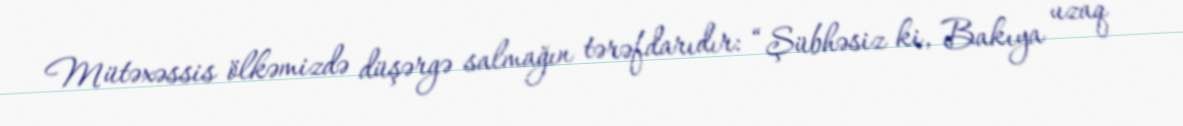
Mütəxəssis ölkəmizdə düşərgə salmağın tərəfdarıdır: “Şübhəsiz ki, Bakıya uzaq